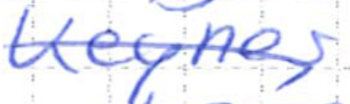
Text: Keynes
Cross-out: diagonal
Writing tool: ballpoint